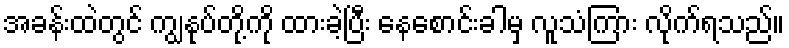
အခန်းထဲတွင် ကျွနုပ်တို့ကို ထားခဲ့ပြီး နေစောင်းခါမှ လူသံကြား လိုက်ရသည်။